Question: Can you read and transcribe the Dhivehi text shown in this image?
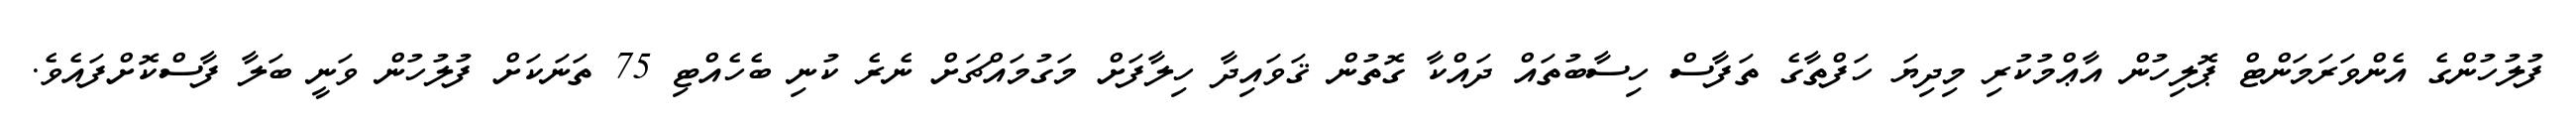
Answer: ފުލުހުންގެ އެންވަރަމަންޓް ޕޮލިހުން އާޢްމުކުރި މިދިޔަ ހަފްތާގެ ތަފާސް ހިސާބުތައް ދައްކާ ގޮތުން ޤަވައިދާ ހިލާފަށް މަގުމައްޗަށް ނެރެ ކުނި ބެހެއްޓި 75 ތަނަކަށް ފުލުހުން ވަނީ ބަލާ ފާސްކޮށްފައެވެ.